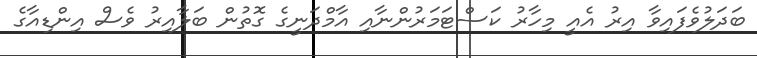
ބަދަލުވެފައިވާ އިރު އެއީ މިހާރު ކަސްޓަމަރުންނާއި އާމްދަނީގެ ގޮތުން ބަލާއިރު ވެސް އިންޑިއާގެ